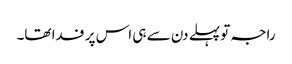
راجہ تو پہلے دن سے ہی اس پر فدا تھا۔